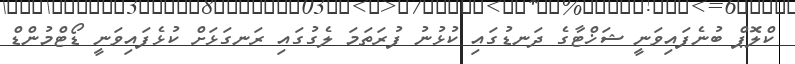
ކްލޮޕް ބުނެފައިވަނީ ޝަޚްޓާގެ ދަނޑުގައި ކުޅުނު ފުރަތަމަ ލެގުގައި ރަނގަޅަށް ކުޅެފައިވަނީ ޑޯޓްމުންޑް